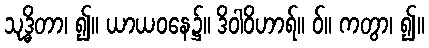
သုဒ္ဓိတာ၊ ၍။ ယာယဝနေ၌။ ဒိဝါဝိဟာရ်။ ဝ်။ ကတွာ၊ ၍။